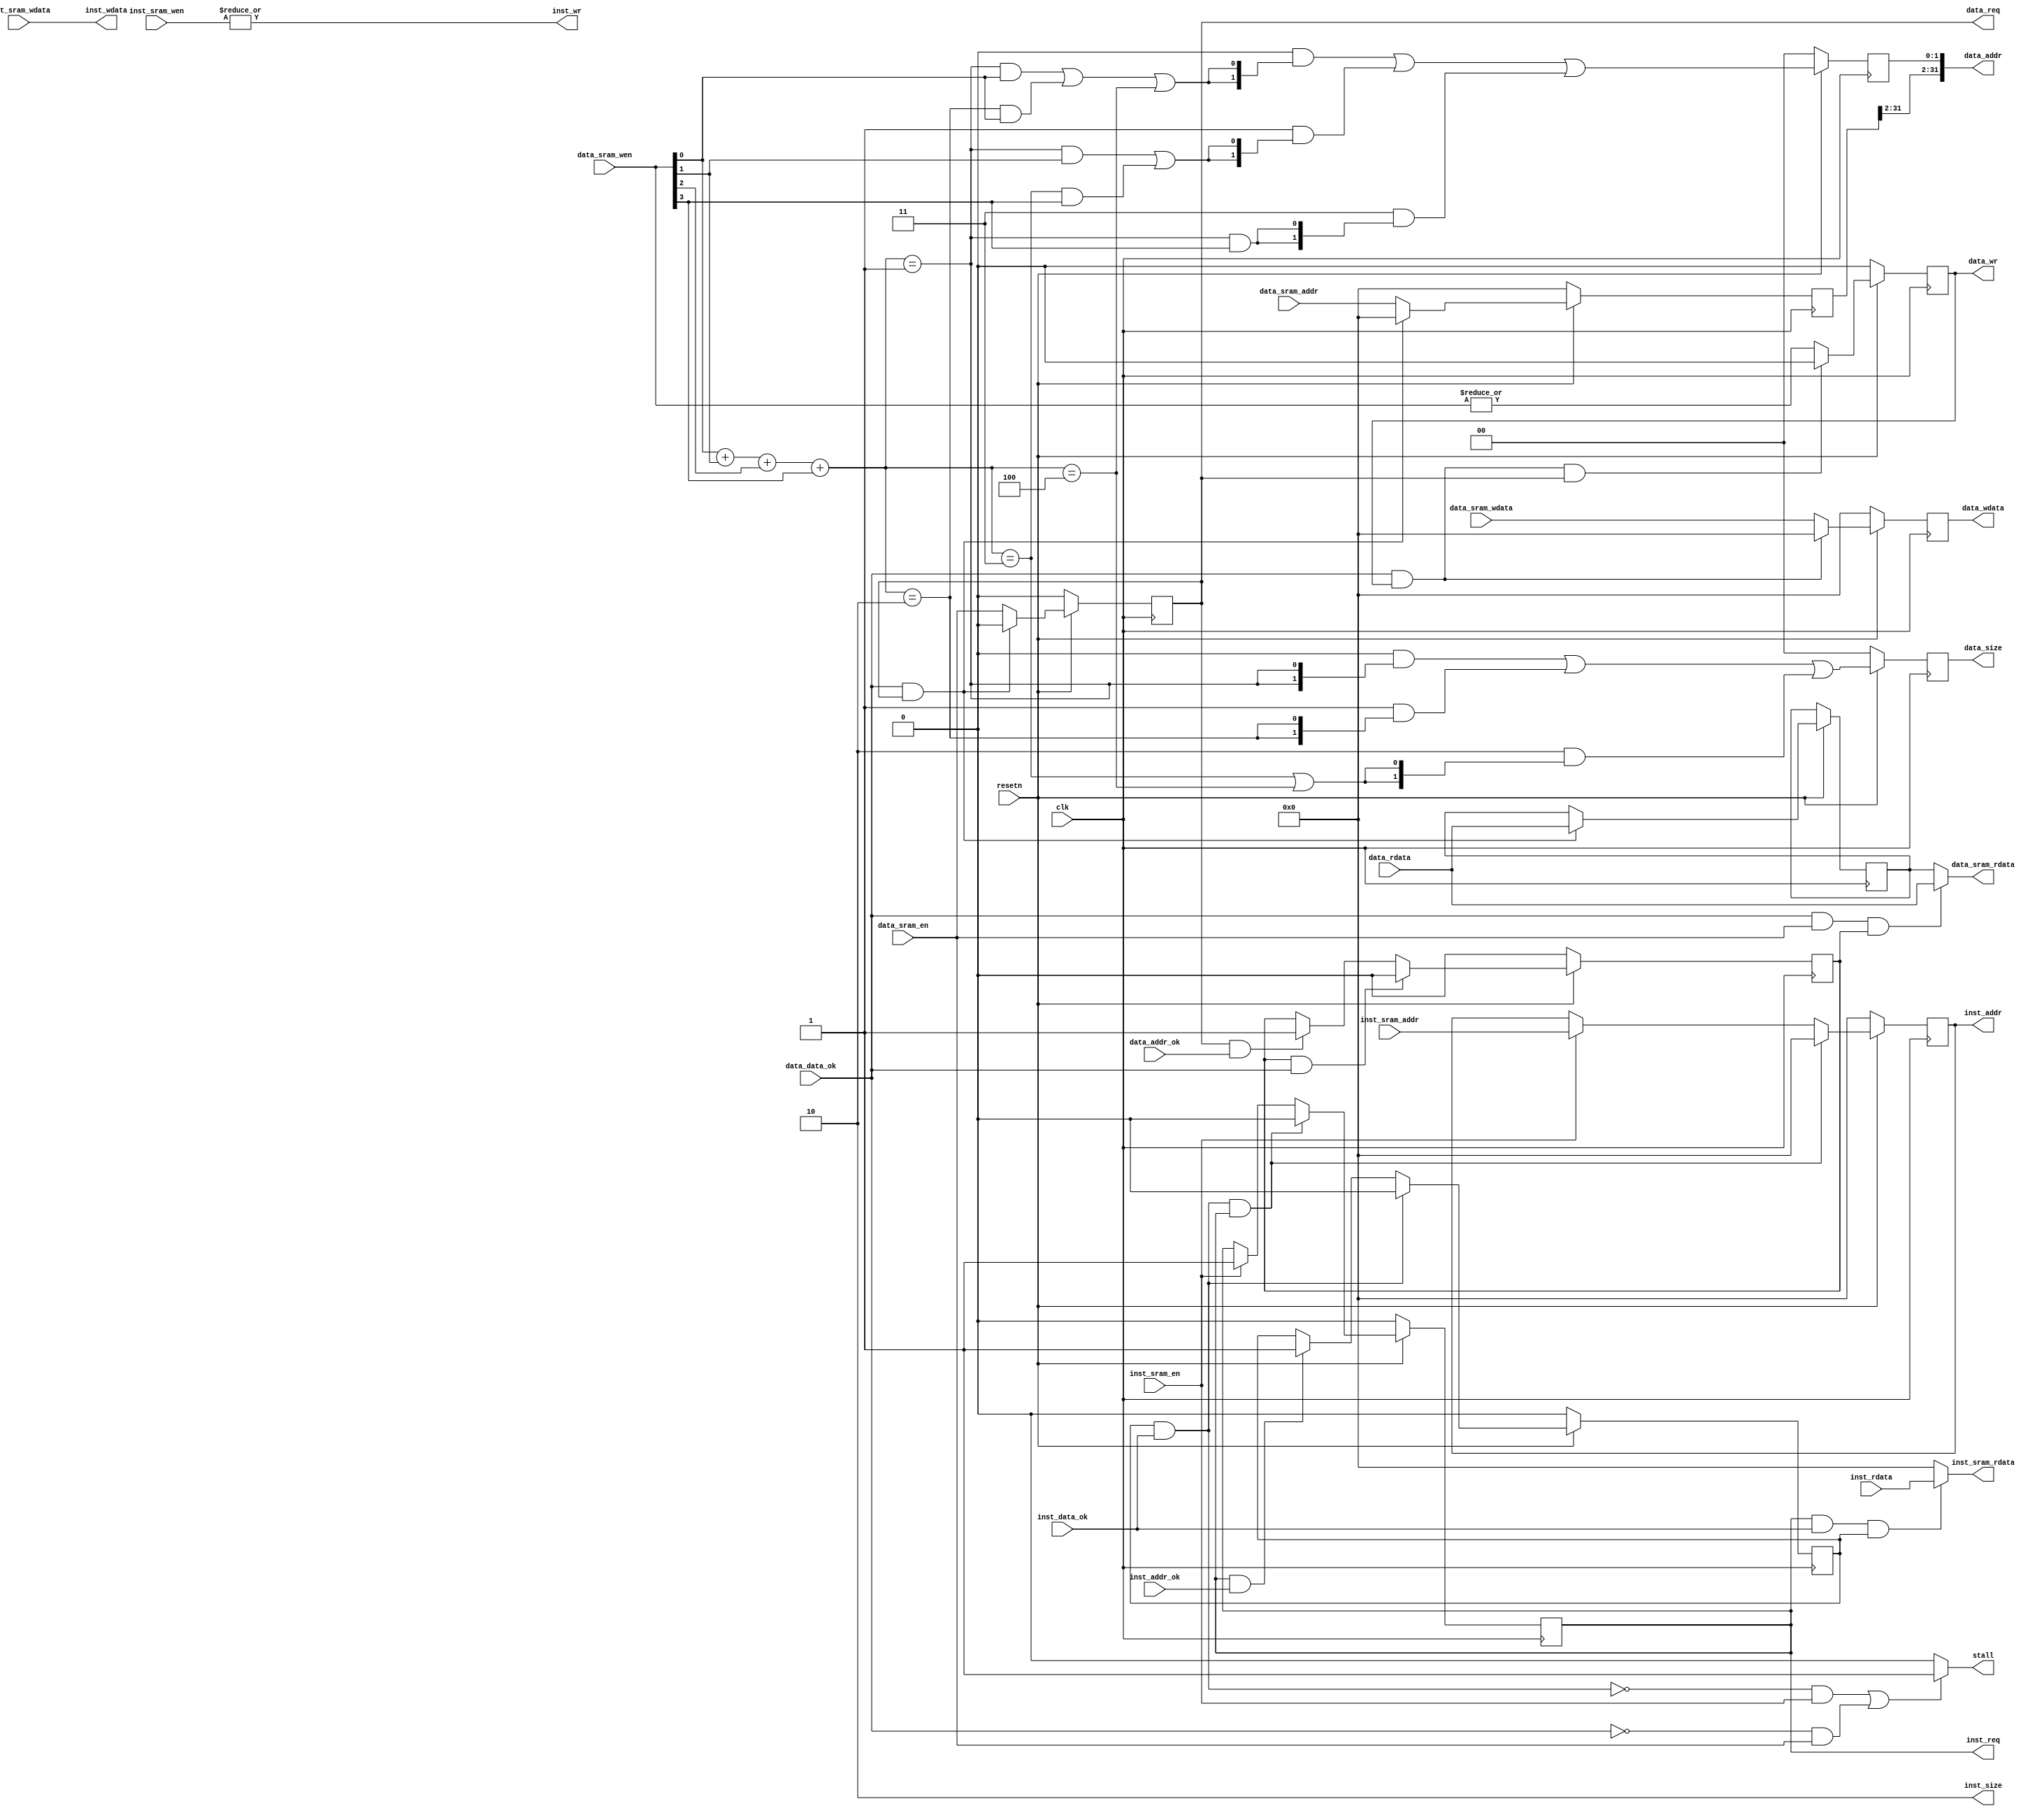
 /*****************************
 bridge design referred to lvfeng
 *****************************/
module sram2like(
	input  wire        clk,
	input  wire        resetn,

	output wire        stall,

	input  wire        inst_sram_en,
	input  wire [ 3:0] inst_sram_wen,
	input  wire [31:0] inst_sram_addr,
	input  wire [31:0] inst_sram_wdata,
	output wire [31:0] inst_sram_rdata,

	input  wire        data_sram_en,
	input  wire [ 3:0] data_sram_wen,
	input  wire [31:0] data_sram_addr,
	input  wire [31:0] data_sram_wdata,
	output wire [31:0] data_sram_rdata,

	output wire        inst_req,
	output wire        inst_wr,
	output wire [1 :0] inst_size,
	output wire [31:0] inst_addr,
	output wire [31:0] inst_wdata,
    input  wire [31:0] inst_rdata,
    input  wire        inst_addr_ok,
    input  wire        inst_data_ok,

    output wire        data_req,
    output wire        data_wr,
    output wire [1 :0] data_size,
    output wire [31:0] data_addr,
	output wire [31:0] data_wdata,  
    input  wire [31:0] data_rdata,
    input  wire        data_addr_ok,
    input  wire        data_data_ok 
);

assign inst_wr = |inst_sram_wen;
assign inst_size = 2'b10;
assign inst_wdata = inst_sram_wdata;

reg         inst_en, data_en;
reg         data_wen;
reg         inst_rd, data_rd;
reg  [31:0] inst_areg, data_areg;
reg  [31:0] inst_dreg, data_dreg;
reg  [31:0] data_data_reg;
reg  [ 1:0] data_size_reg;
reg  [ 1:0] data_addr_reg;
wire [ 2:0] wnum;

always @(posedge clk)
begin
	if (resetn)
	begin
		inst_en <= (inst_data_ok & inst_rd & inst_en)?1'b0 : 
				   (inst_sram_en)? 1'b1 : inst_en; //inst_sram_en;
		inst_areg <= (inst_data_ok & inst_rd & inst_en)?32'd0 : 
					 (inst_sram_en)?inst_sram_addr : inst_areg; //inst_sram_addr;
		inst_dreg <= (inst_data_ok & inst_en)?inst_sram_rdata : inst_dreg;
		data_en <= (data_data_ok & data_en)?1'b0 : data_sram_en;
		data_areg <= (data_data_ok & data_en)?32'd0 : data_sram_addr;
		data_dreg <= (data_data_ok & data_en)?data_rdata : data_dreg;
		data_wen <= (data_data_ok & data_wen & data_en)?1'b0: |data_sram_wen;
		data_size_reg <= (2'b00 & {2{wnum == 3'b001}}) |
						 (2'b01 & {2{wnum == 3'b010}} ) |
						 (2'b10 & {2{wnum == 3'b011 | wnum == 3'b100}});
		data_addr_reg <= (2'b00 & {2{(wnum == 3'b001 & data_sram_wen[0]) | (wnum == 3'b010 & data_sram_wen[0]) | (wnum == 3'b100)}}) |
						 (2'b01 & {2{(wnum == 3'b001 & data_sram_wen[1]) | (wnum == 3'b011 & data_sram_wen[3])}}) |
						 (2'b11 & {2{wnum == 3'b001 & data_sram_wen[3]}});
		data_data_reg <= (data_data_ok & data_wen) ? 32'd0 : data_sram_wdata;
		inst_rd <= (inst_rd & inst_data_ok)? 1'b0 :
					(inst_en & inst_addr_ok)? 1'b1 : inst_rd;
		data_rd <= (data_rd & data_data_ok)? 1'b0 :
					(data_en & data_addr_ok)? 1'b1 : data_rd;
	end
	else 
	begin
		inst_en <= 1'b0;
		inst_areg <= 32'd0;
		data_en <= 1'b0;
		data_areg <= 32'd0;
		data_wen <= 1'b0;
		data_size_reg <= 2'b00;
		data_addr_reg <= 2'b00;
		data_data_reg <= 32'd0;
		inst_rd <= 1'b0;
		data_rd <= 1'b0;
	end
end

assign inst_req  = inst_en;
assign inst_addr = inst_areg;
assign inst_sram_rdata = (inst_en & inst_data_ok & inst_rd) ? inst_rdata : 32'd0;

assign wnum = data_sram_wen[0] + data_sram_wen[1] + data_sram_wen[2] + data_sram_wen[3];
assign data_req = data_en;
assign data_wr = data_wen;
assign data_size = data_size_reg;
assign data_addr = {data_areg[31:2], data_addr_reg};
assign data_wdata = data_data_reg;
assign data_sram_rdata = (data_data_ok & data_sram_en & data_rd) ? data_rdata : data_dreg; 

assign stall = ((~(inst_rd & inst_data_ok) & inst_sram_en) | (~data_data_ok & data_sram_en))? 1'b1 : 1'b0;
endmodule